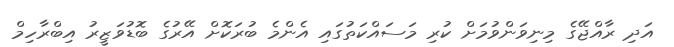
އަދި ރާއްޖޭގެ މިނިވަންވުމަށް ކުރި މަސައްކަތުގައި އެންމެ ބުރަކޮށް އޭރުގެ ބޮޑުވަޒީރު އިބްރާހިމް